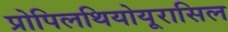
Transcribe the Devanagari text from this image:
प्रोपिलथियोयूरासिल